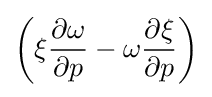
\left(\xi {\frac {\partial \omega }{\partial p}}-\omega {\frac {\partial \xi }{\partial p}}\right)